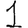
Digit: 1